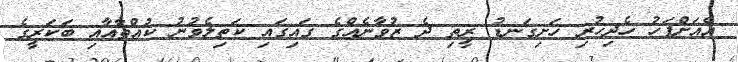
އެއަށްފަހު ހެދިހުރި ހަށިގަނޑު ރީތި ދެ ޒުވާނެއްގެ ގައިގައި ކަތިލެވުނު ކުއްތާއާއި ބަކަރީގެ